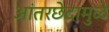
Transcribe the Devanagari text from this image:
आंतरछेदामुळे